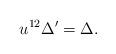
LaTeX: \begin{align*}u^{12}\Delta'=\Delta.\end{align*}